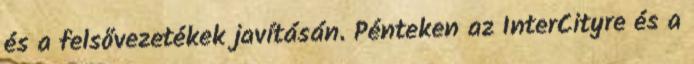
és a felsővezetékek javításán. Pénteken az InterCityre és a